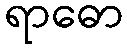
ရာဓော